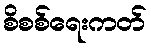
စိစစ်ရေးကတ်